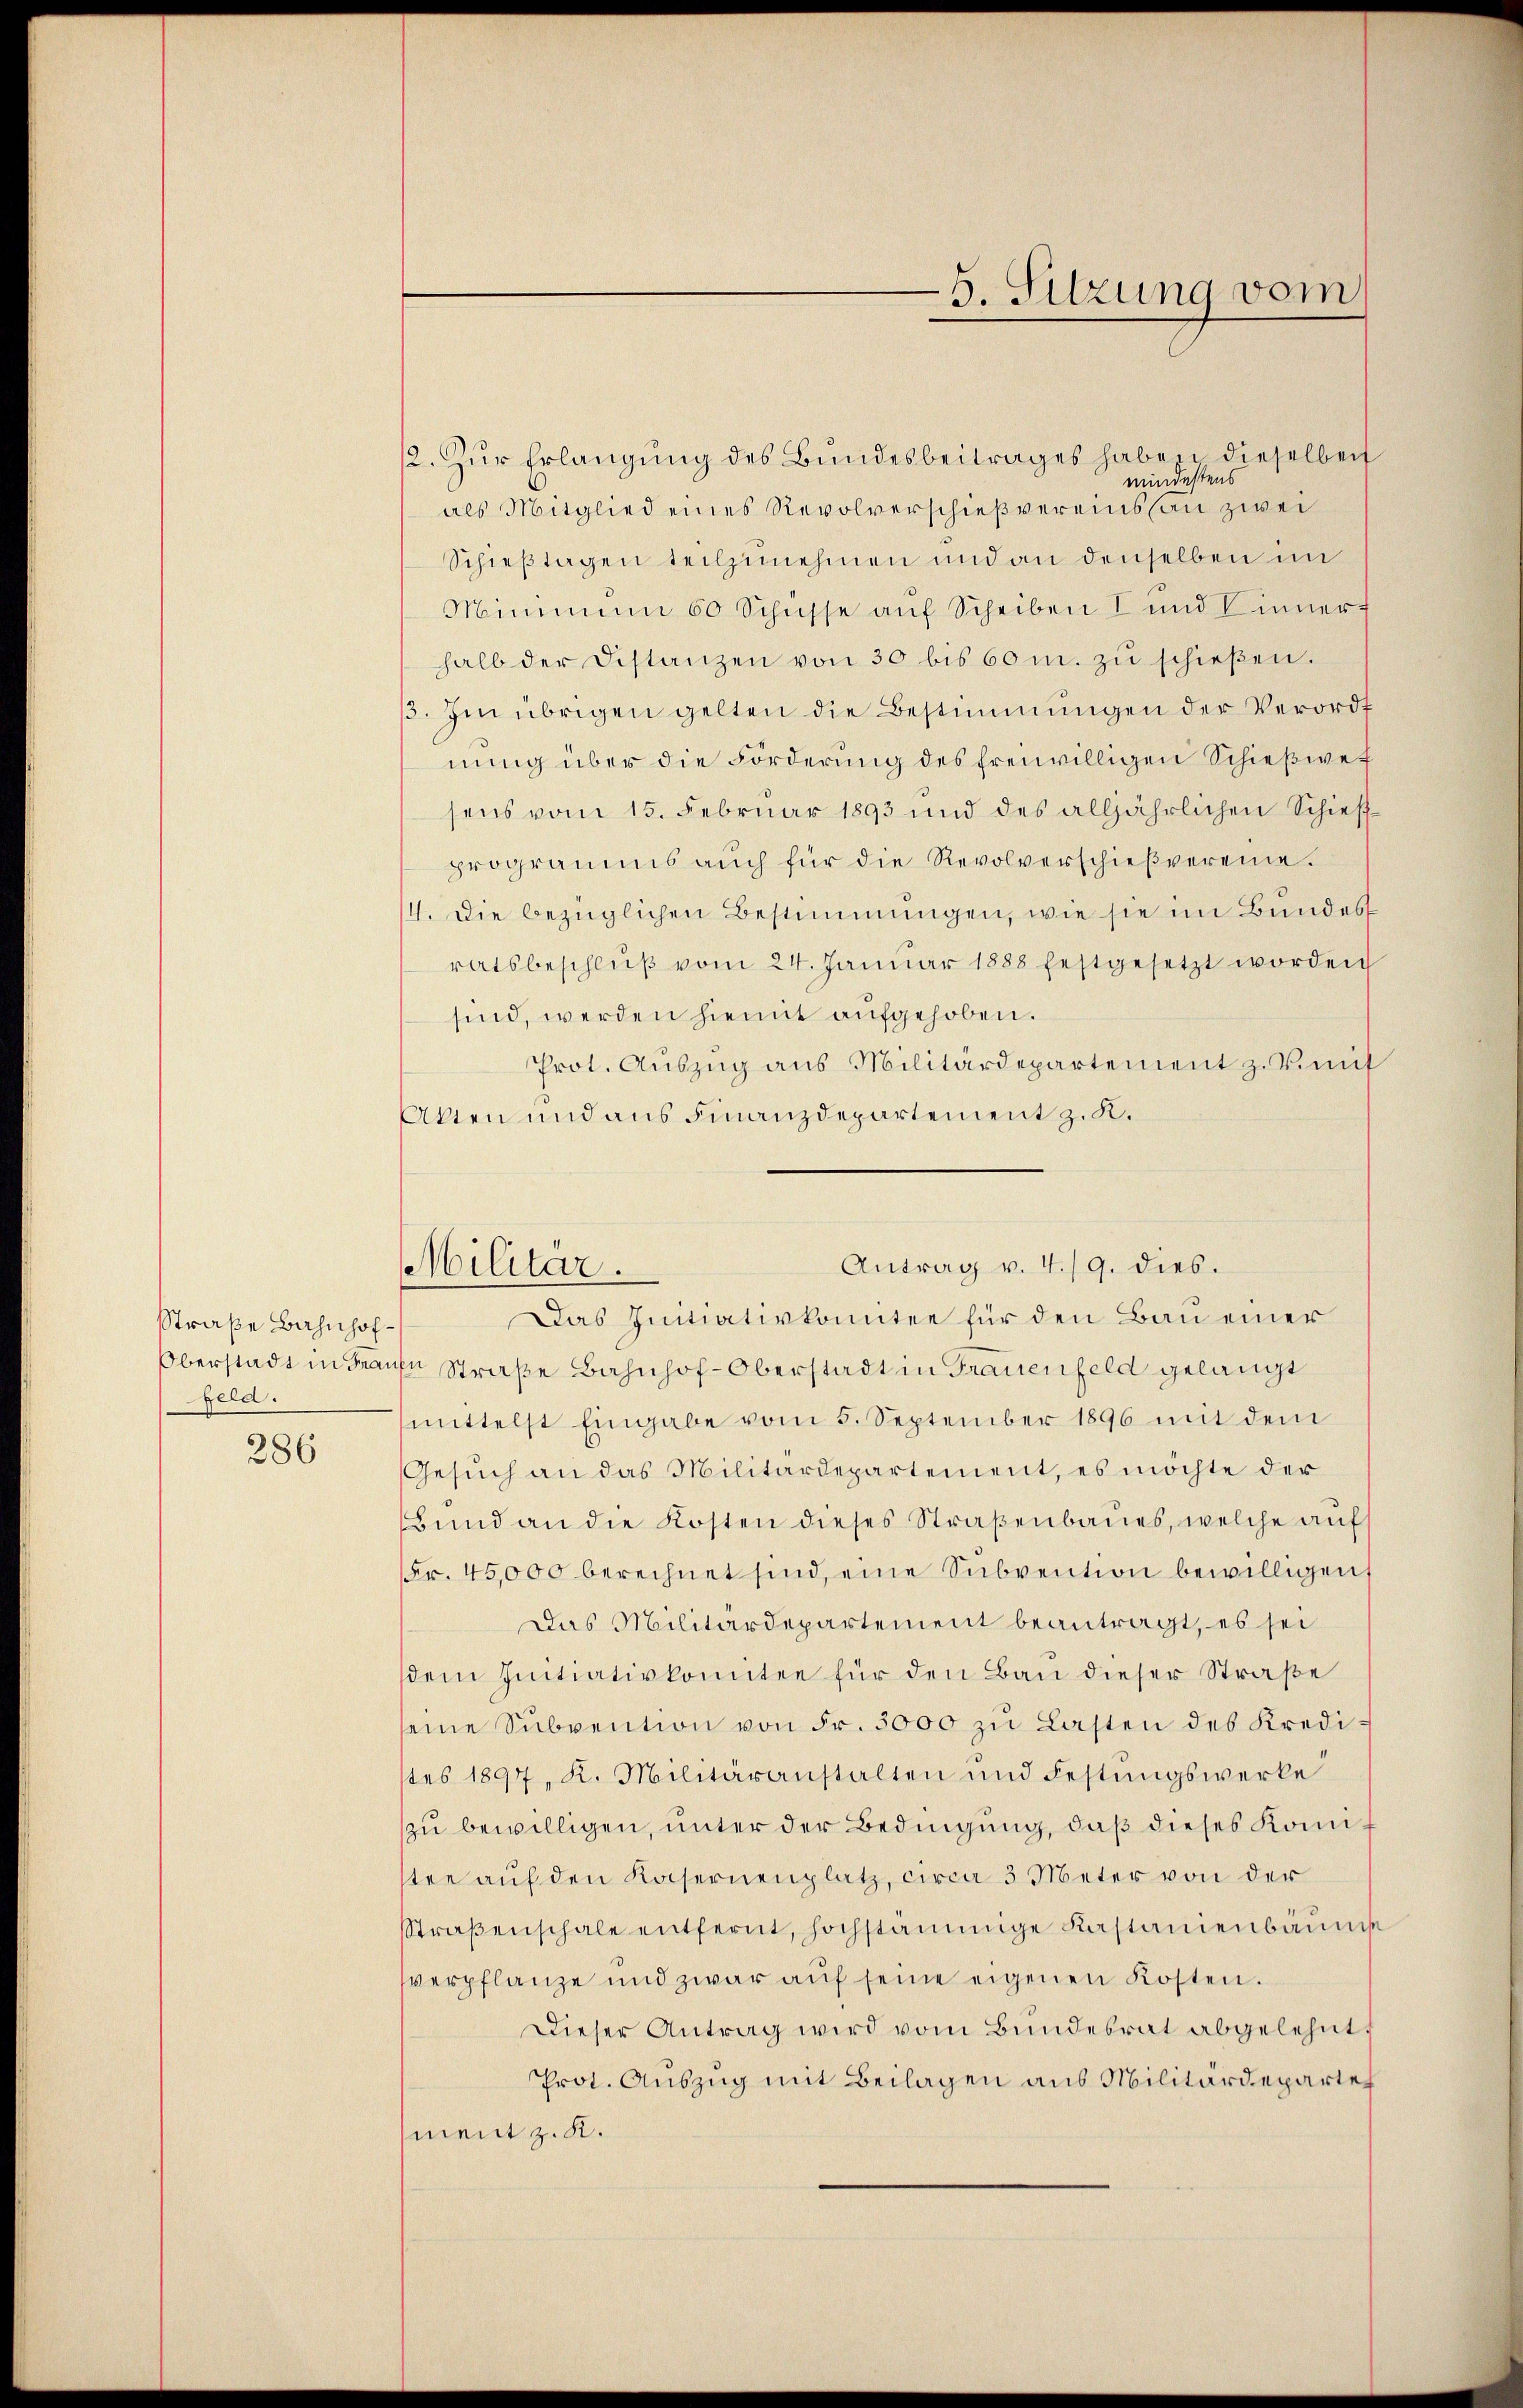
Straße Bahnhofela.

286

12. Zŭr Erlangung des Bundesbeitrages haben dieselben
mindestens
als Mitglied eines Revolverschießvereins an zwei
Schieβtagen teilzunehmen und an denselben im
Minimum 50 Schüsse auf Scheiben I und V inner
halb der Distanzen von 30 bis 60 m. zŭ schieβen.
β. Im übrigen gelten die Bestimmungen der Verordt
nung über die Förderung des freiwilligen Schießwe
sens vom 15. Februar 1893 und des alljährlichen Schief
programms auch für die Revolverschieβvereine.
4. Die bezüglichen Bestimmungen, wie sie im Bundes
ratsbeschlŭβ vom 24. Januar 1888 festgesetzt worden
sind, werden hiemit aufgehoben.
Prot. Auszug aus Militärdepartement z. Simil
Akten und aus Finanzdepartement z. K.

Militär.

5. Sitzung vom

Antrag v. 4./9. dies.
Das Initiativkomitee für den Bau einer

Oberstadt in Frauen Straße Bahnhof-Oberstadt in Frauenfeld gelangt
mittelst Eingabe vom 5. September 1896 mit dem
Gesŭch an das Militärdepartement, es möchte der
Bund an die Kosten dieses Straßenbaues, welche auf
Fr. 45,000 berechnet sind, eine Subvention bewilligen
Das Militärdepartement beantragt, es sei
sdem Inntiativkomitee für den Bau dieser Straße
seine Subvention von Fr. 3000 zu Lasten des Kredistes 1897, K. Militäranstalten und Festungswerke
zu bewilligen, unter der Bedingung, daß dieses Komisten auf den Kasernenplatz, circa 3 Meter von der
Straßenschale entfernt, hochstämmige Kastanienbaums
verpflanze und zwar aŭf seine eigenen Kosten.
Dieser Antrag wird vom Bundesrat abgelehnt
Prot. Auszug mit Beilagen aus Militärdepartet
ment z. K.